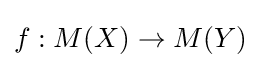
f:M(X)\to M(Y)